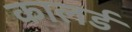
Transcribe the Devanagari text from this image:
कालर्ड